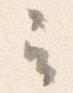
云